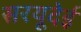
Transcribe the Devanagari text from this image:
सरयूदेई